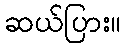
ဆယ်ပြား။